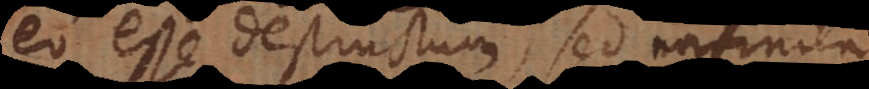
eo esse destructum, sed infinita